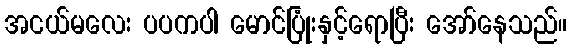
အငယ်မလေး ပပကပါ မောင်ပြုံးနှင့်ရောပြီး အော်နေသည်။